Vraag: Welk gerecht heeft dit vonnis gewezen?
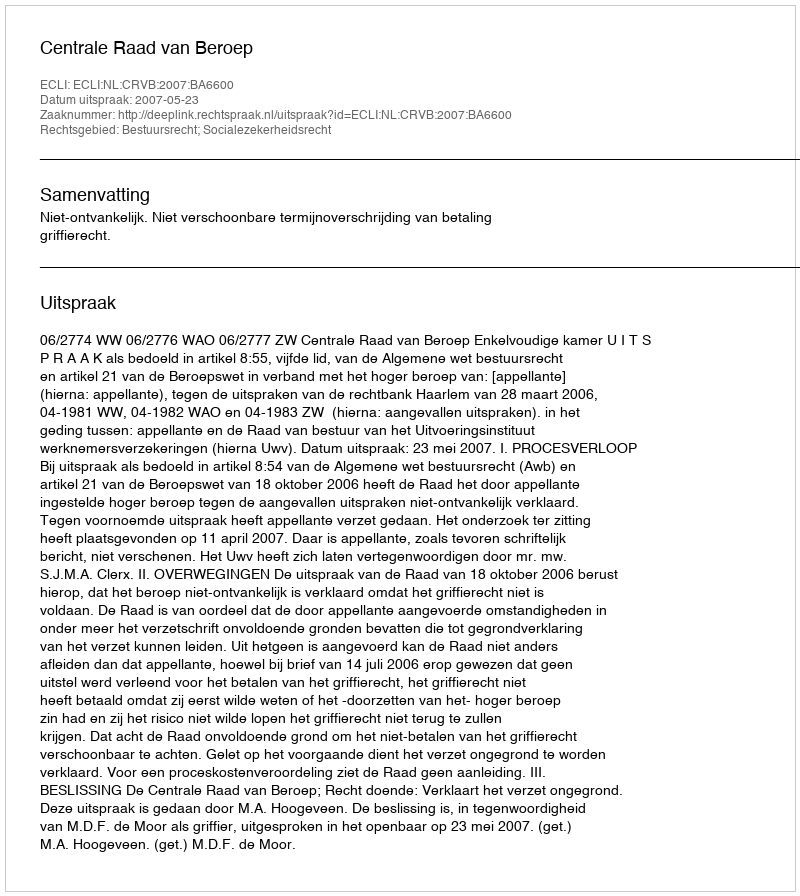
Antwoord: Centrale Raad van Beroep